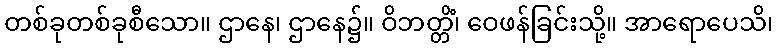
တစ်ခုတစ်ခုစီသော။ ဌာနေ၊ ဌာနေ၌။ ဝိဘတ္တိံ၊ ဝေဖန်ခြင်းသို့။ အာရောပေသိ၊